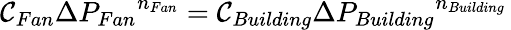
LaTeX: \mathcal{C}_{Fan}{{\Delta}P_{Fan}}^{n_{Fan}}=\mathcal{C}_{Building}{{\Delta}P_{Building}}^{n_{Building}}\,